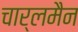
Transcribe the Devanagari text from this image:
चार्लमैन